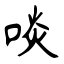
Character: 啖